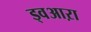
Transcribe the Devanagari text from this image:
ड्वआऱा